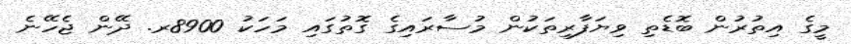
މީގެ އިތުރުން ބޮޑެތި ވިޔަފާރިތަކުން މުސާރައިގެ ގޮތުގައި މަހަކު 8900ރ. ދޭން ޖެހޭނެ